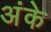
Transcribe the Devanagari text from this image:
अंके